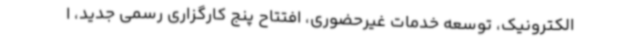
الکترونیک، توسعه خدمات غیرحضوری، افتتاح پنج کارگزاری رسمی جدید، ا